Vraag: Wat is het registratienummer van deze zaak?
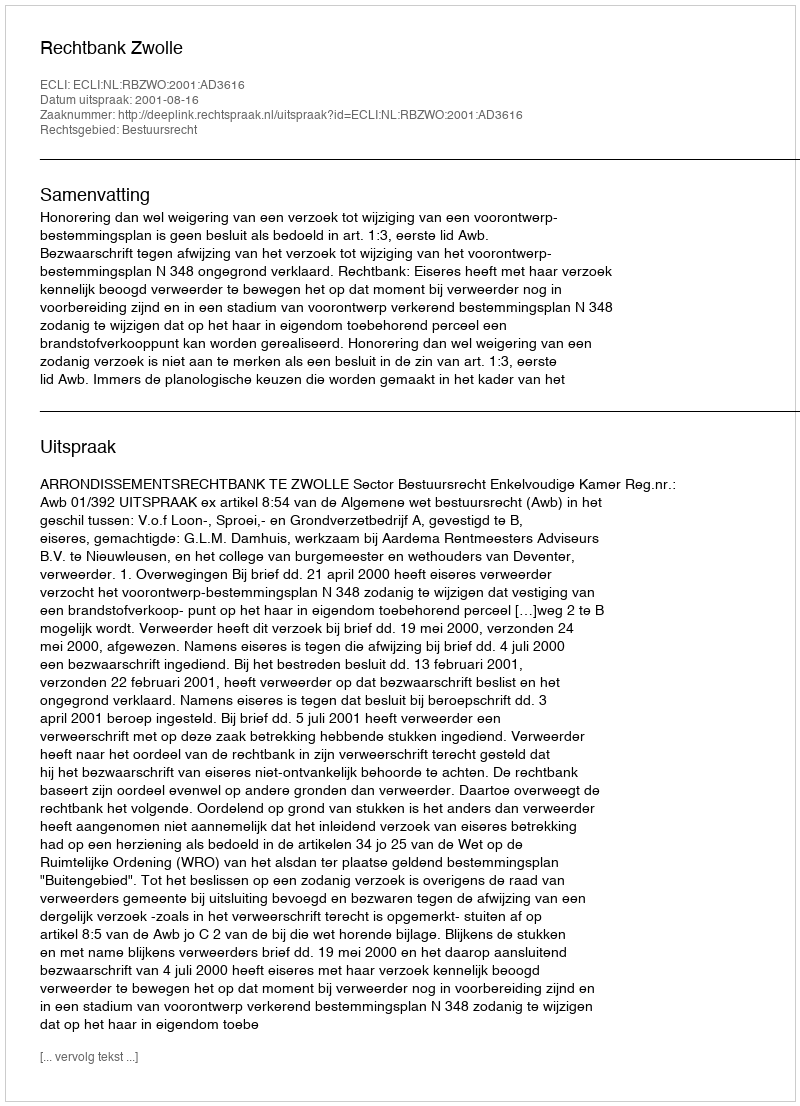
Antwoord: http://deeplink.rechtspraak.nl/uitspraak?id=ECLI:NL:RBZWO:2001:AD3616